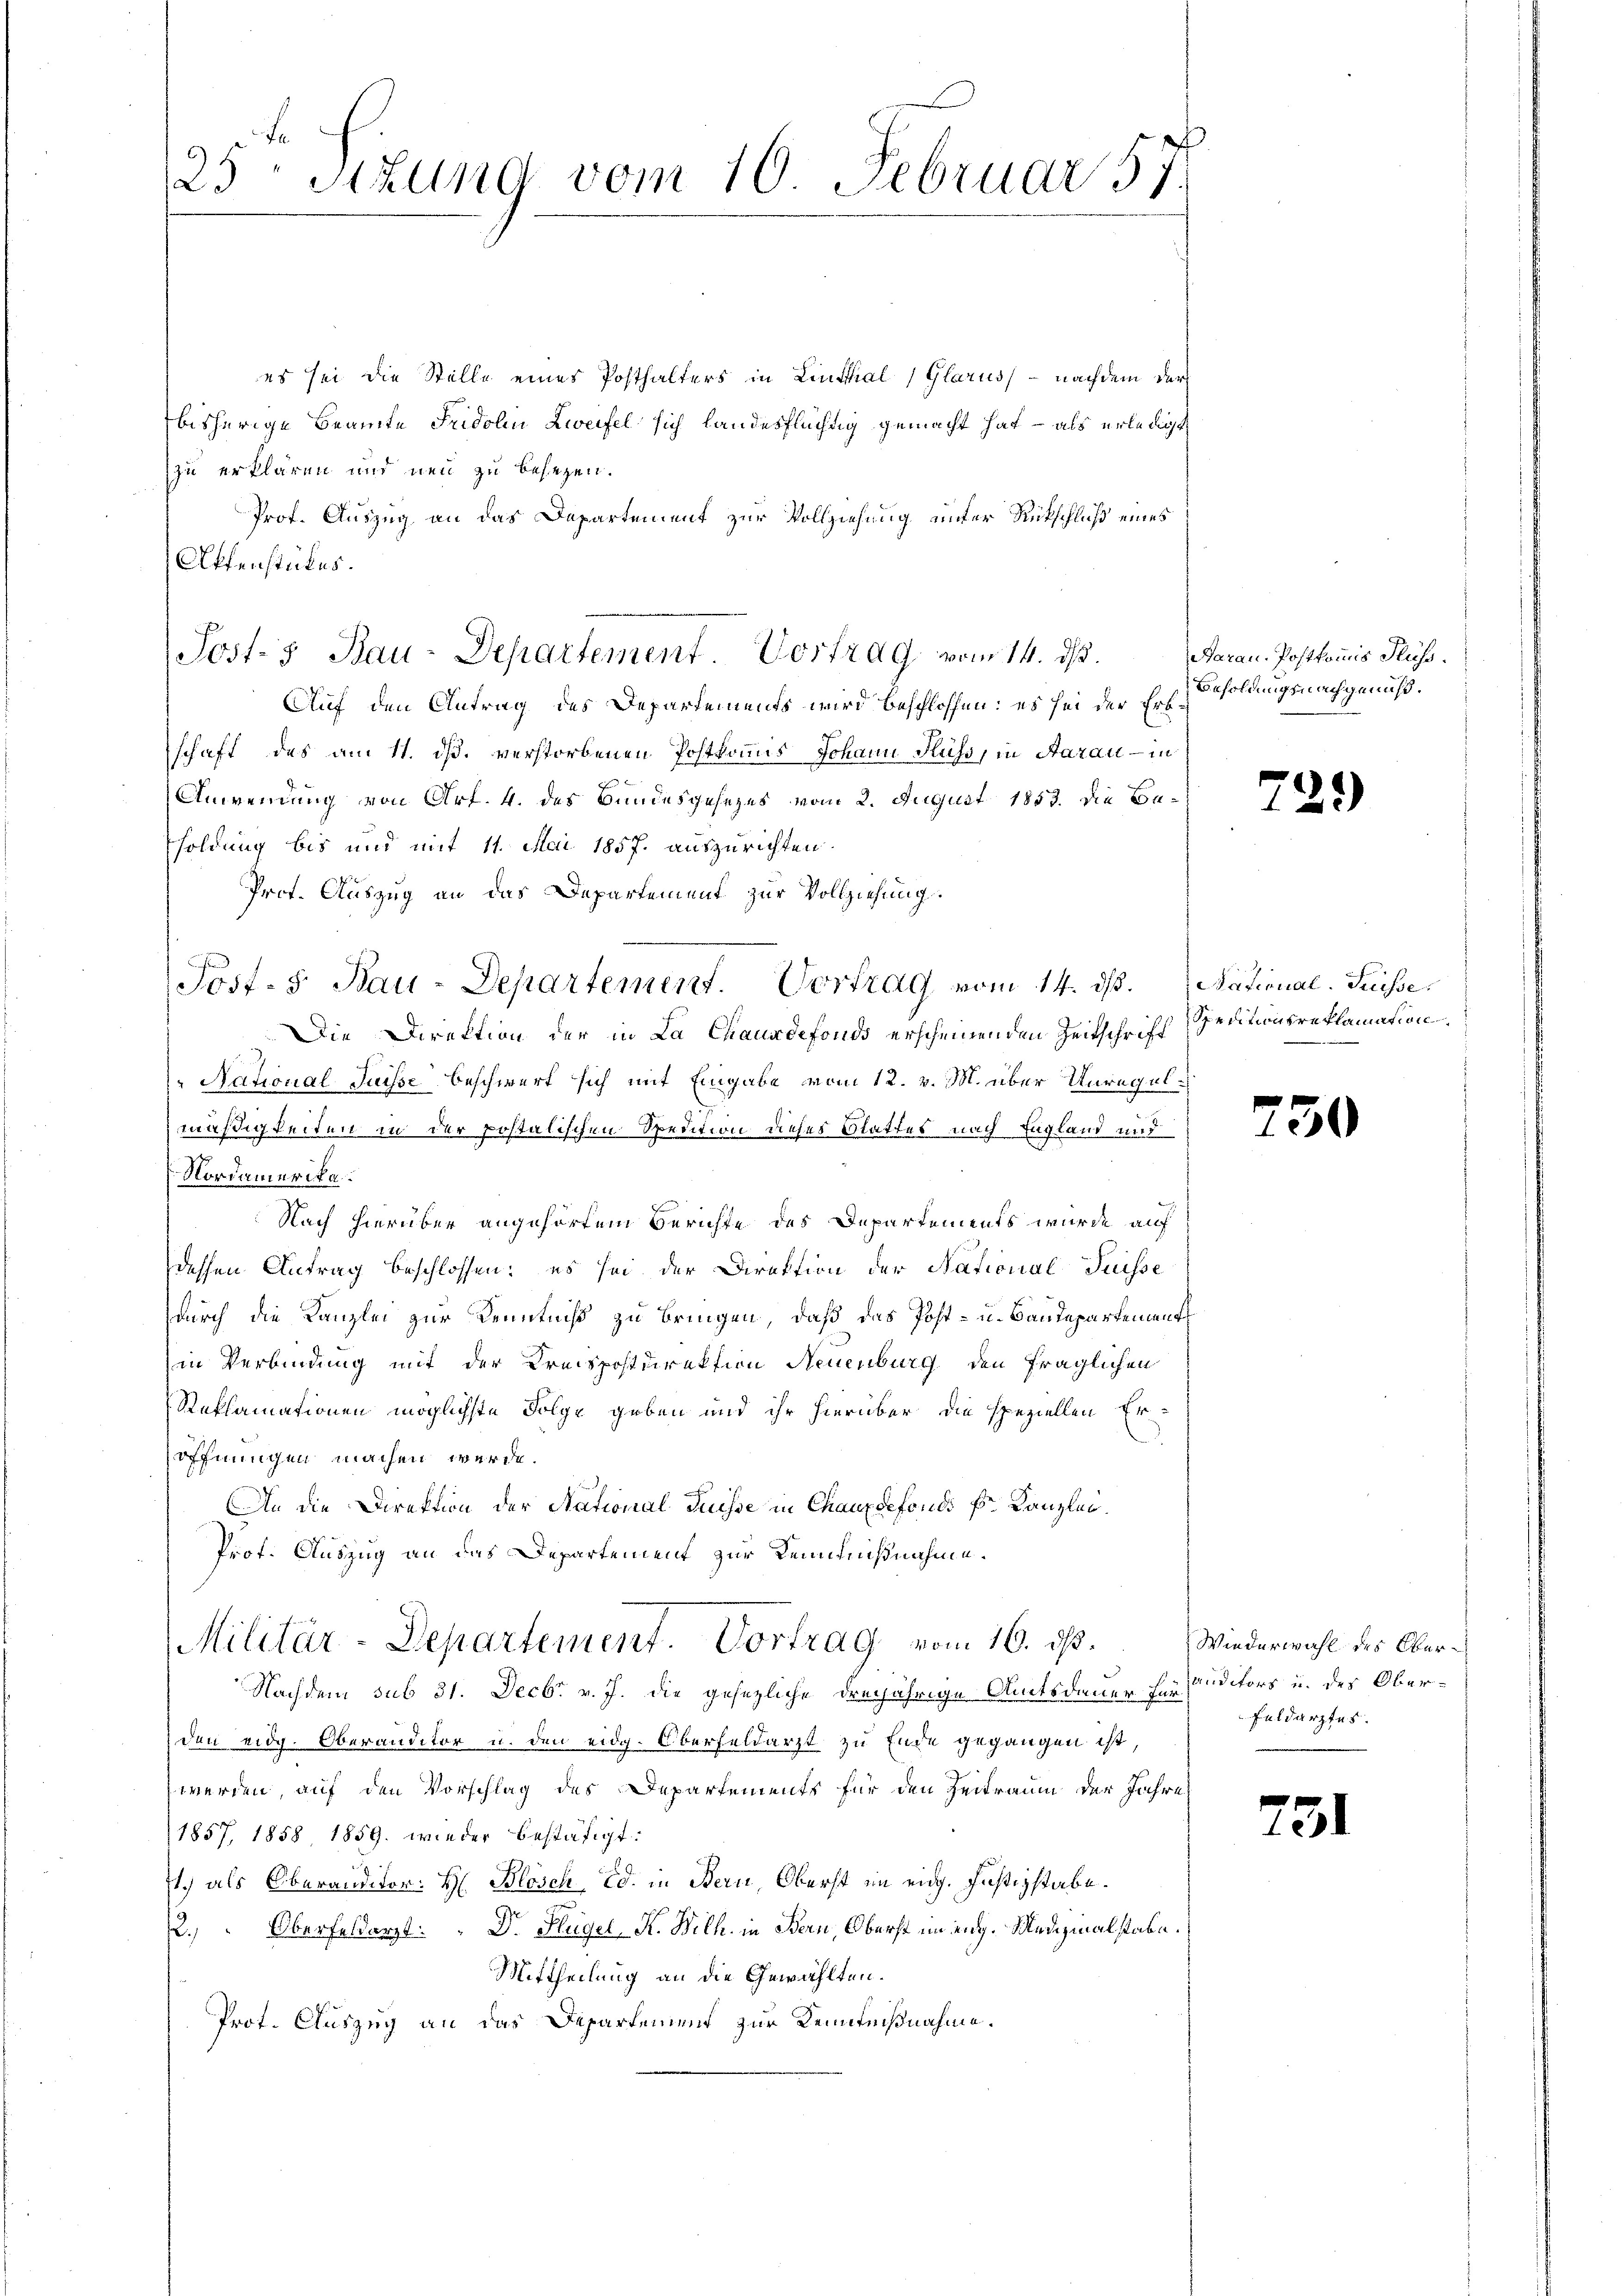
25 Sttung vom 10. Februar 57.

es sei die Stelle eines Posthalters in Linthal (Glarus, – nachdem der
bisherige Beamte Fridolin Zweifel sich landesflüchtig gemacht hat – als erledigt
zu erklären und neu zu besezen.
Prof. Auszug an das Departement zur Vollziehung unter Rückschluß eines
Offenstückes.
Auf den Antrag des Departements wird beschlossen: es sei der Erbschaft des am 11. dß. verstorbenen Postkommis Johann Fuss, in Aarau in
Anwendung von Art. 4. des Bundesgesezes vom 2. August 1853. die Besoldung bis und mit 11. Mai 1857. auszurichten.
Prot. Auszug an das Departement zur Vollziehung.
Post-5 Bau-Departement. Vortrag vom 14. ds. National- Suisse
Die Direktion der in La Chauxdefonds erscheinenden Zeitschrift Petitionsreklamation
National Suisse beschwert sich mit Eingabe vom 12. v. M. über Unregelmäßigkeiten in der postalischen Spention dieses Blattes nach England und
Nordamerika.
Nach hierüber angehörten Berichte des Departements wurde auf
dessen Antrag beschlossen: es sei der Direktion der National-Puisse
durch die Kanzlei zur Kenntniß zu bringen, daß das Post- u. Baudepartements
in Verbindung mit der Kreispostdirektion Neuenburg den fraglichen
Rteflamationen möglichste Folge geben und ihr hierüber die speziellen Eröffnungen machen werde.
An die Direktion der Stational Puisse in Chauxdefonds k. Kanzlei.
Prof. Auszug an das Departement zur Kenntnißnahme.
Militär-Departement. Vortrag vom 16. ds.
Nachdem sub 31. Decbr. v. J. die gesezliche dreijährige Amtsdauer Ein Canditors u. des Oberden eidg. Oberanditor u. den eidg. Oberfeldarzt zu Ende gegangen ist,
werden, auf den Vorschlag des Departements für den Zeitraum der Jahre
1857, 1858, 1859. wieder bestätigt:
1.) als Oberandikon: H: Blösch-Ed. in Bern, Oberst im eidg. Justizstabe.
2., Oberfeldarzt: " Dr. Hügel, K. Wilh. in Bern, Oberst im eidg. Medizinalstabe.
Mittheilung an die Gewählten.
Prot. Auszug an das Departement zur Kenntnißnahme.

Post- & Bau-Departement. Vortrag vom 14. ds.

Aarau. Postkommis Fluss.
Besoldungsnachgenuß.

75

¬

)

30

Wiederwahl des Ober¬
Feldarztes.

731